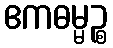
ဧကဓမ္မဉ္စ